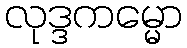
လုဒ္ဒကမ္မော